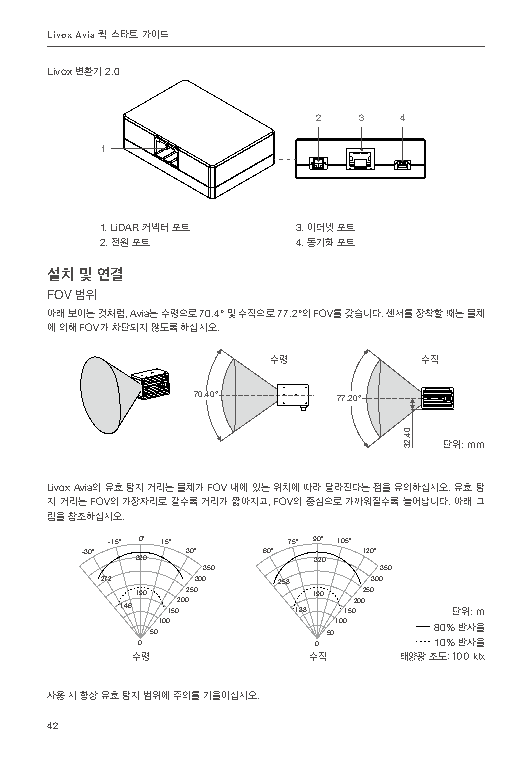
Livox Avia 퀵 스타트 가이드
 Livox 변환기 2.0
 2  3 4
 1
 1. LiDAR 커넥터 포트 3. 이더넷 포트
 2. 전원 포트     4. 동기화 포트
 설치 및 연결
 FOV 범위
 아래 보이는 것처럼, Avia는 수평으로 70.4° 및 수직으로 77.2°의 FOV를 갖습니다. 센서를 장착할 때는 물체
 에 의해 FOV가 차단되지 않도록 하십시오.
 수평        수직
 70.40°   77.20°
 32.40
 단위: mm
 Livox Avia의 유효 탐지 거리는 물체가 FOV 내에 있는 위치에 따라 달라진다는 점을 유의하십시오. 유효 탐
 지 거리는 FOV의 가장자리로 갈수록 거리가 짧아지고, FOV의 중심으로 가까워질수록 늘어납니다. 아래 그
 림을 참조하십시오.
 -15° 0° 15° 75° 90° 105°
 -30° 320 30° 60° 320 120°
 350         350
 272   300  258    300
 190 250     190 250
 146 150200  138 150200 단위: m
 50100       50100  80% 반사율
 0           0       10% 반사율
 수평         수직    태양광 조도: 100 klx
 사용 시 항상 유효 탐지 범위에 주의를 기울이십시오.
 42